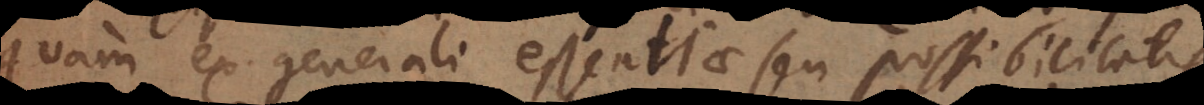
quam ex generali essentiae seu possibilitatis